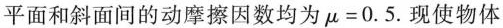
平面和斜面间的动摩擦因数均为$$μ = 0 . 5$$.现使物体